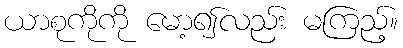
ယာစုကိုကို မော့၍လည်း မကြည့်။